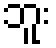
ဘူး